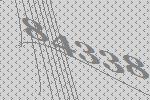
84338